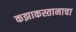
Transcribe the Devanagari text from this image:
कझाकस्तानाचा